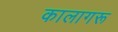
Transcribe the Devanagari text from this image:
कालागरू